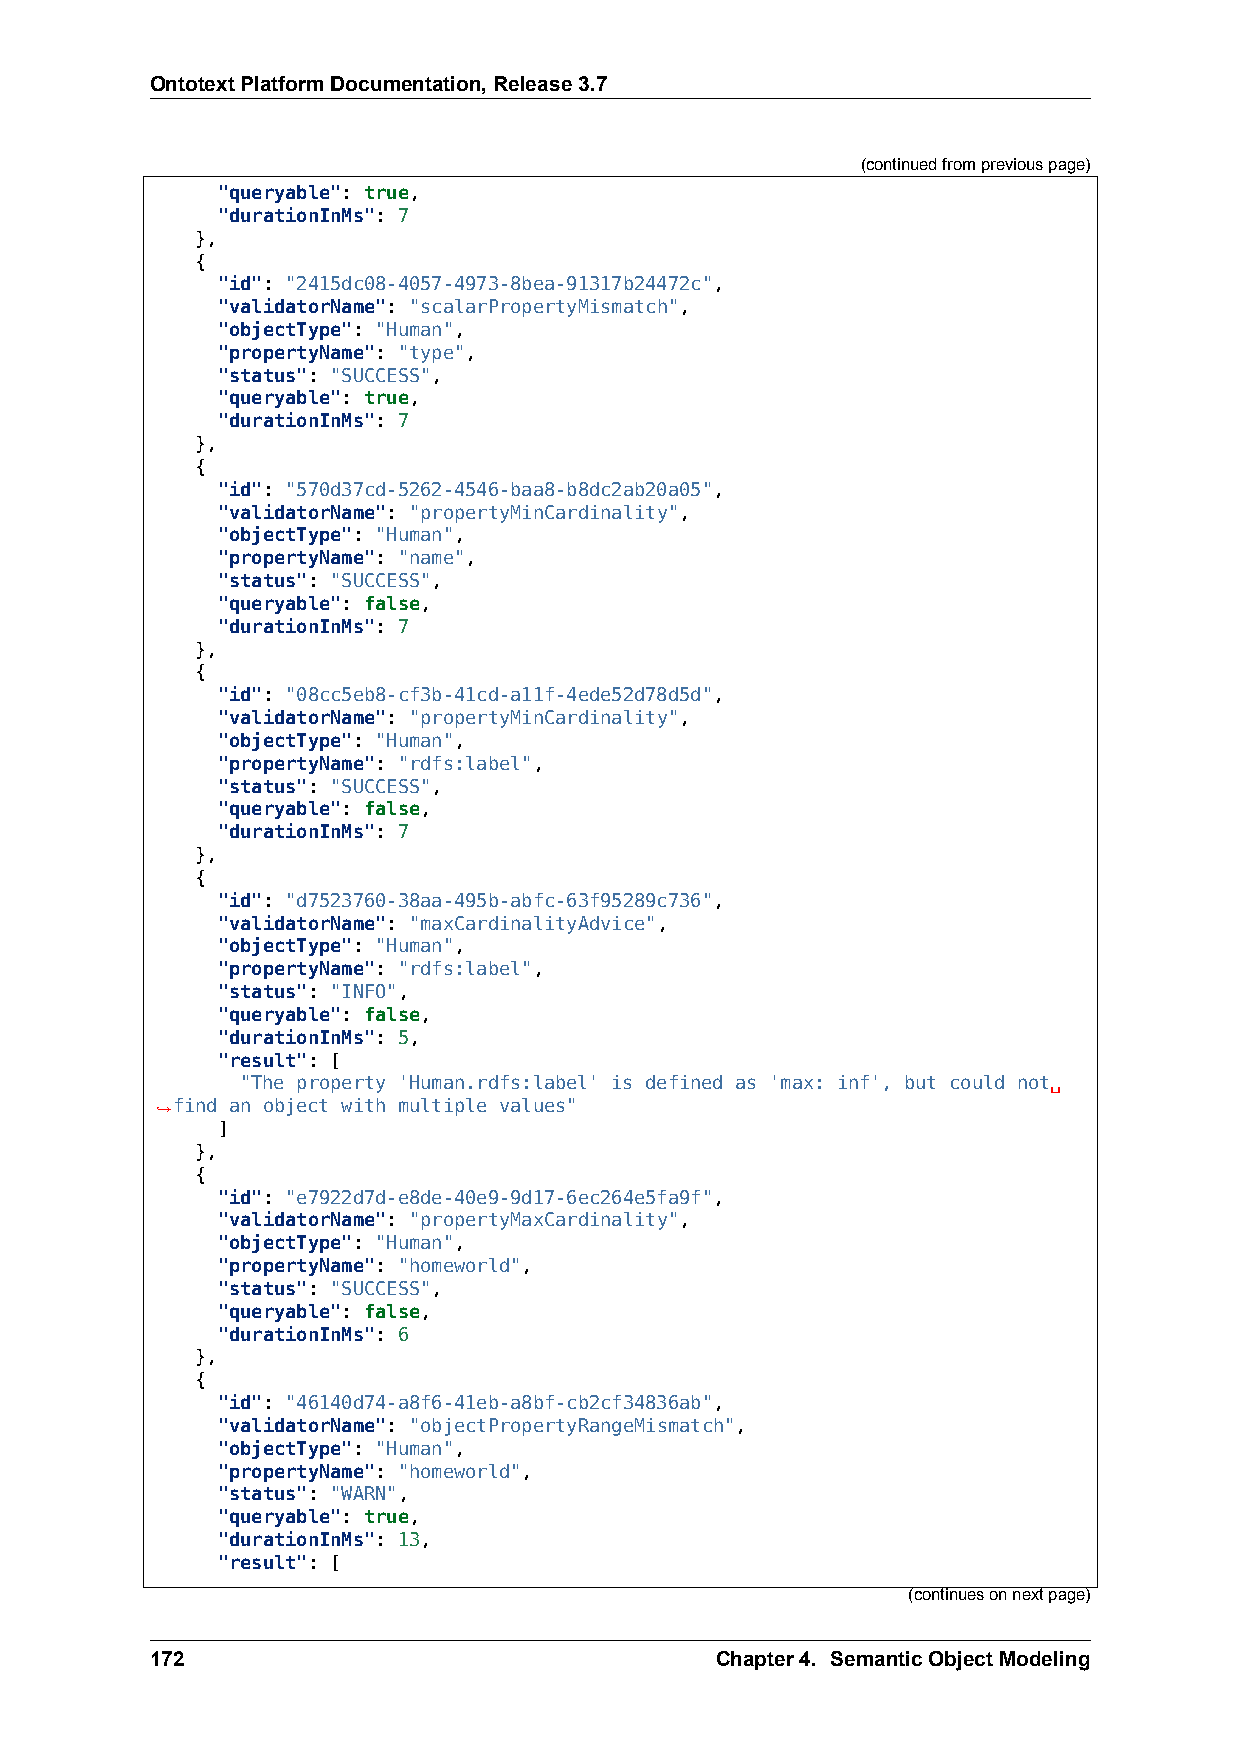
OntotextPlatformDocumentation,Release3.7
 (continuedfrompreviouspage)
 "queryable": true,
 "durationInMs": 7
 },
 {
 "id": "2415dc08-4057-4973-8bea-91317b24472c",
 "validatorName": "scalarPropertyMismatch",
 "objectType": "Human",
 "propertyName": "type",
 "status": "SUCCESS",
 "queryable": true,
 "durationInMs": 7
 },
 {
 "id": "570d37cd-5262-4546-baa8-b8dc2ab20a05",
 "validatorName": "propertyMinCardinality",
 "objectType": "Human",
 "propertyName": "name",
 "status": "SUCCESS",
 "queryable": false,
 "durationInMs": 7
 },
 {
 "id": "08cc5eb8-cf3b-41cd-a11f-4ede52d78d5d",
 "validatorName": "propertyMinCardinality",
 "objectType": "Human",
 "propertyName": "rdfs:label",
 "status": "SUCCESS",
 "queryable": false,
 "durationInMs": 7
 },
 {
 "id": "d7523760-38aa-495b-abfc-63f95289c736",
 "validatorName": "maxCardinalityAdvice",
 "objectType": "Human",
 "propertyName": "rdfs:label",
 "status": "INFO",
 "queryable": false,
 "durationInMs": 5,
 "result": [
 "The property 'Human.rdfs:label' is defined as 'max: inf', but could not␣
 ,→find an object with multiple values"
 ]
 },
 {
 "id": "e7922d7d-e8de-40e9-9d17-6ec264e5fa9f",
 "validatorName": "propertyMaxCardinality",
 "objectType": "Human",
 "propertyName": "homeworld",
 "status": "SUCCESS",
 "queryable": false,
 "durationInMs": 6
 },
 {
 "id": "46140d74-a8f6-41eb-a8bf-cb2cf34836ab",
 "validatorName": "objectPropertyRangeMismatch",
 "objectType": "Human",
 "propertyName": "homeworld",
 "status": "WARN",
 "queryable": true,
 "durationInMs": 13,
 "result": [
 (continuesonnextpage)
 172                                  Chapter4. SemanticObjectModeling